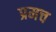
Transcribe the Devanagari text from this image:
प्रमच